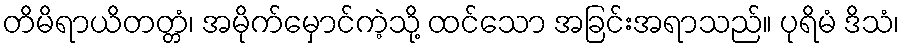
တိမိရာယိတတ္တံ၊ အမိုက်မှောင်ကဲ့သို့ ထင်သော အခြင်းအရာသည်။ ပုရိမံ ဒိသံ၊